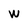
Character: W